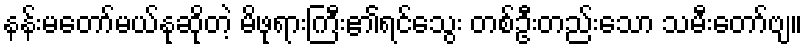
နန်းမတော်မယ်နုဆိုတဲ့ မိဖုရားကြီး၏ရင်သွေး တစ်ဦးတည်းသော သမီးတော်ဗျ။